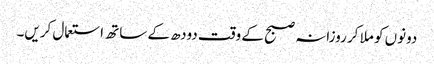
دونوں کو ملا کر روزانہ صبح کے وقت دودھ کے ساتھ استعمال کریں۔